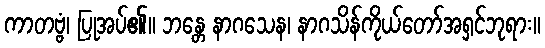
ကာတဗ္ဗံ၊ ပြုအပ်၏။ ဘန္တေ နာဂသေန၊ နာဂသိန်ကိုယ်တော်အရှင်ဘုရား။